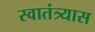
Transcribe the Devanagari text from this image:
स्वातंत्र्यास